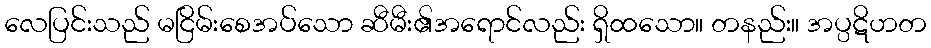
လေပြင်းသည် မငြိမ်းစေအပ်သော ဆီမီး၏အရောင်လည်း ရှိထသော။ တနည်း။ အပ္ပဋိဟတ